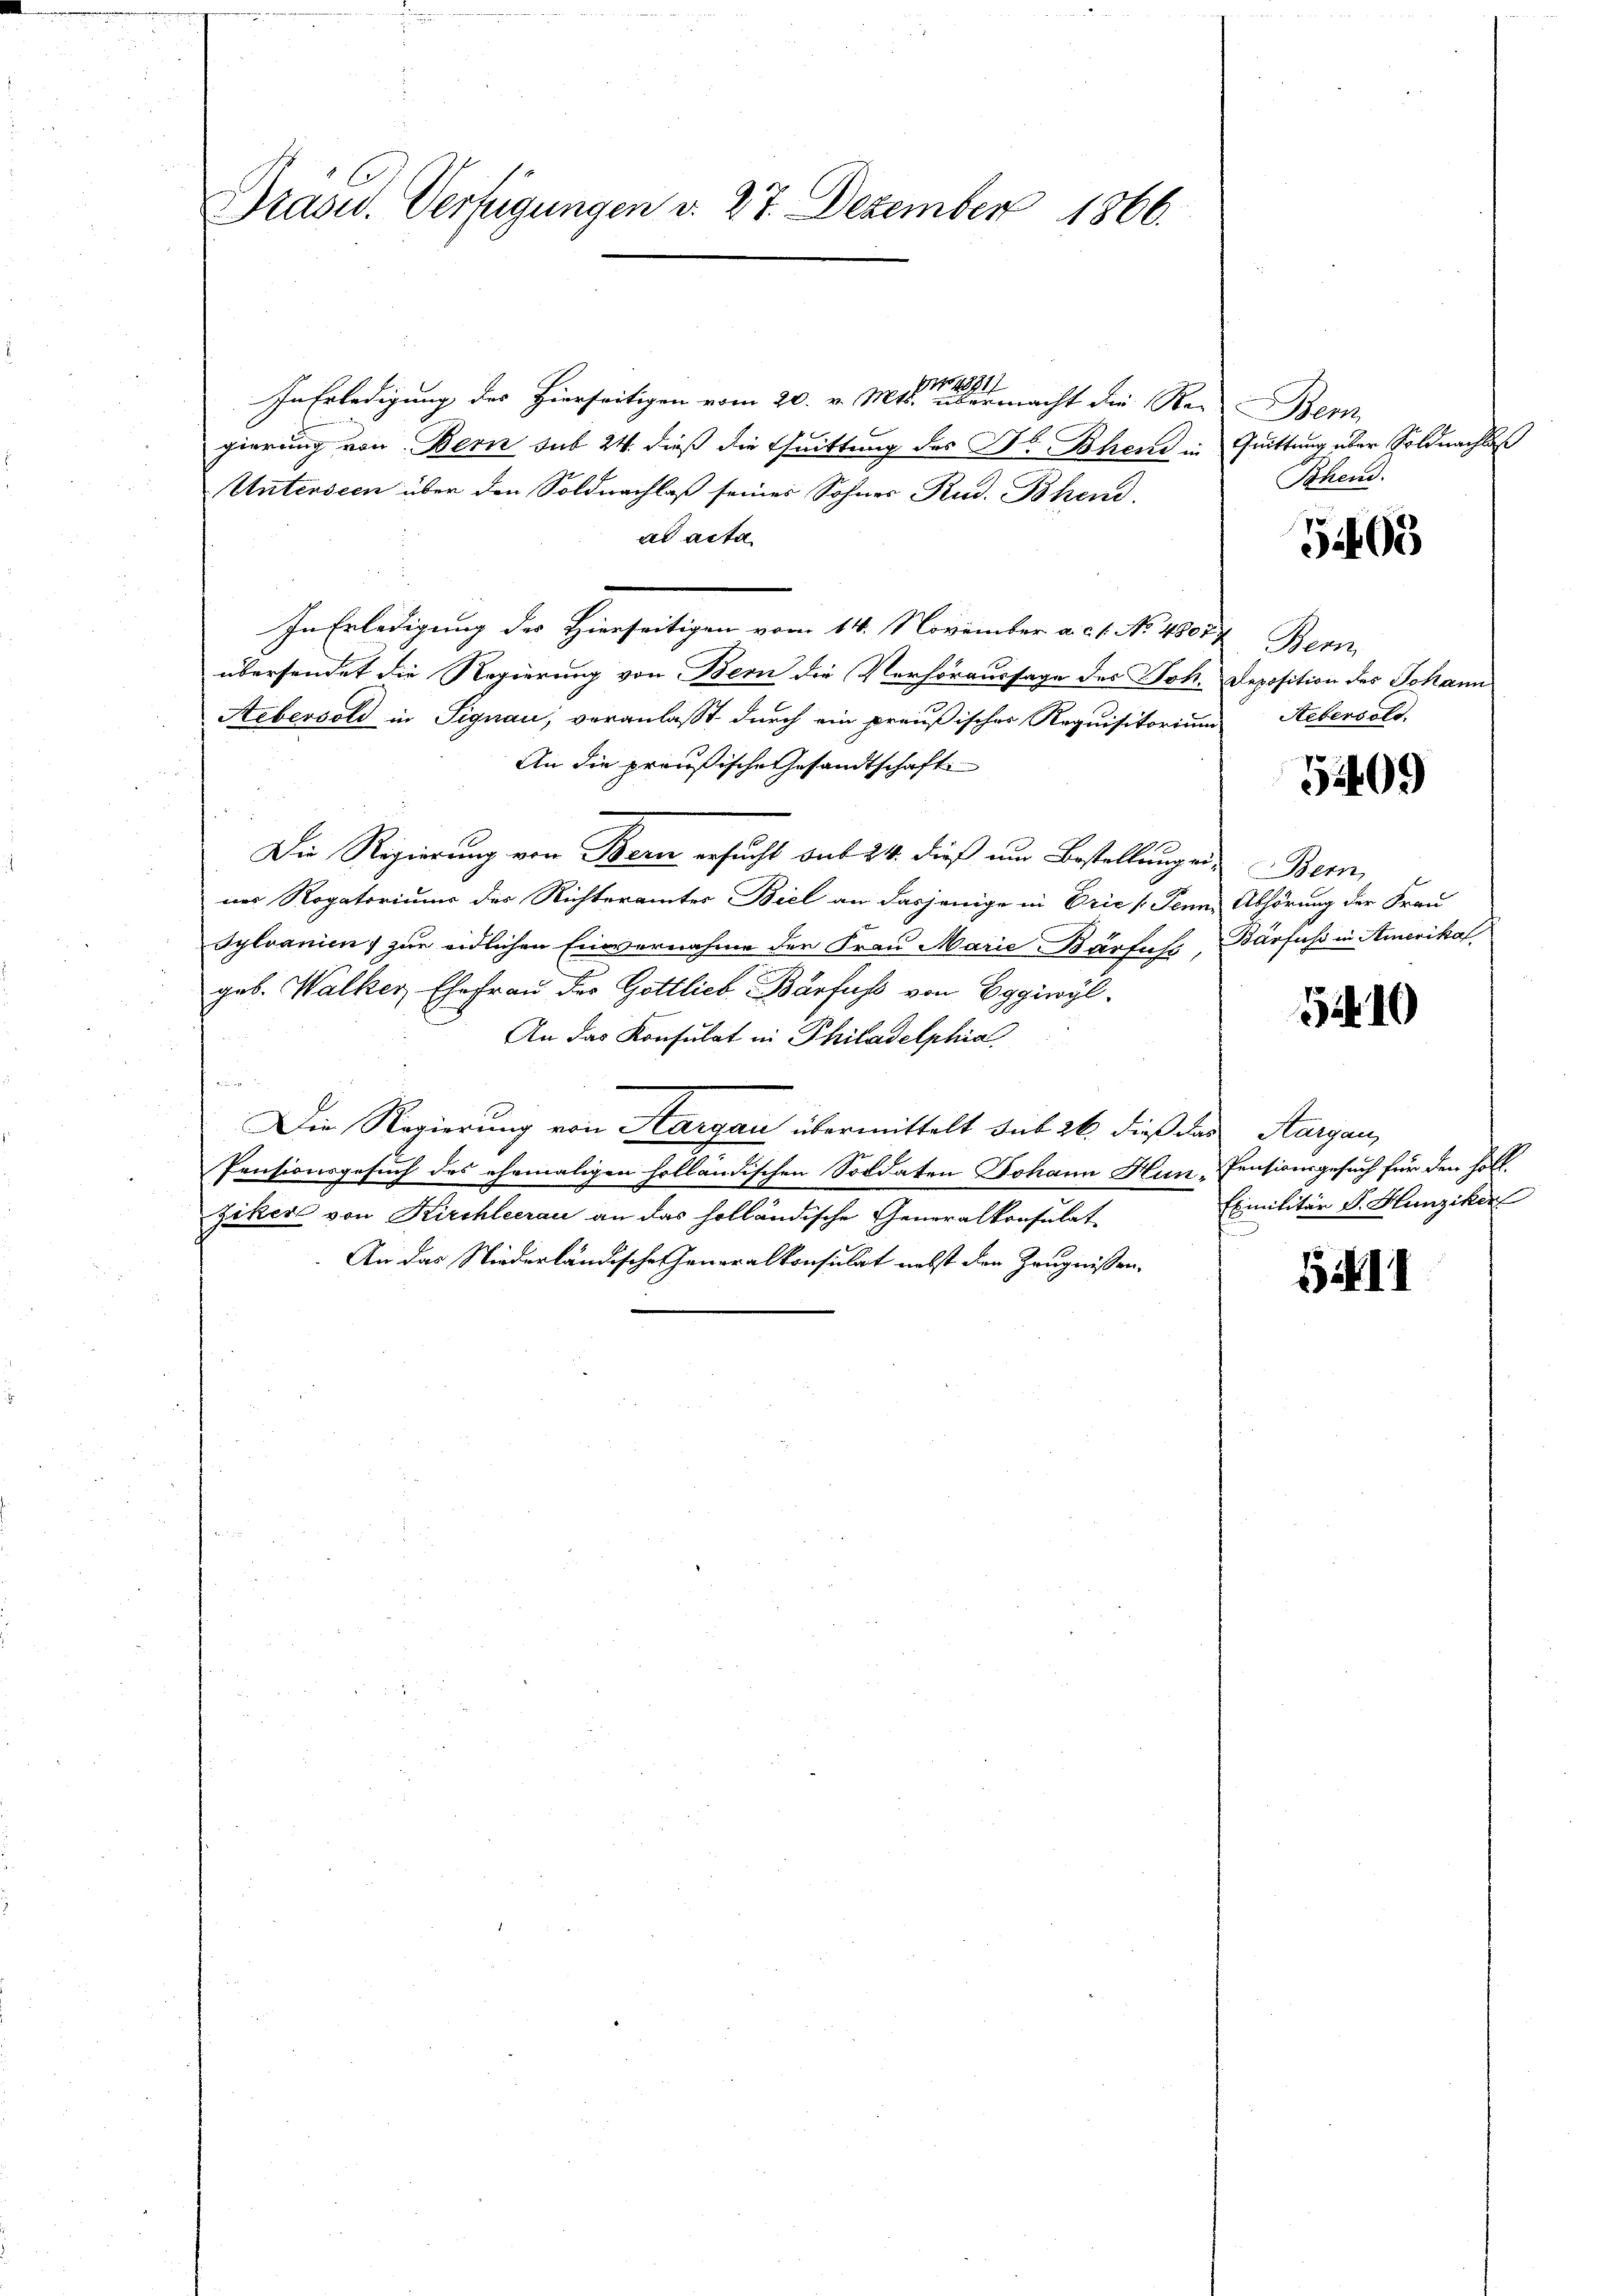
Präsid. Verfügungen d. 27. Dezember 1866.

In Erledigung des hierseitigen vom 20. v. Mts. eine dermacht die Reiern
gierung von Bern sub 24. dieß die Quittung des Dr. Bohrend in Quittung über Soldnachlaß
Unterseen über den Soldnachlaß seines Sohnes Rud. Bohend
ad acta
In Erledigung des Hierseitigen vom 14. November a. c. 1. No 4807. 7
übersendet die Regierung von Bern die Verhöraussage des Joh. Deposition des Johann
Aebersold in Signau, veranlaßt durch ein preußisches Requisitorium
An die preußische Gesandtschaft
Die Regierung von Bern ersucht das 24. dieß um Bestellungen Bern
nes Rogatoriums des Richteramtes Biel an dasjenige in Erić [Penn, Abhörung der Frau
Sylvanien) zur eidlichen Einvernahme der Frau Marie Bárfus, Barfuss in Amerikaf
geb. Walker, Ehefrau des Gottlieb Barfuß von Eggiwyl
An das Konsulat in Philadelphia
u
Die Regierung von Margau übermittelt sub 26 dieß das Aargau,
Pensionsgesuch des ehemaligen holländischen Soldaten Johann Hun-Pensionsgesuch für den soll.
ziker von Kirchleerau an das holländische Generalkonsulat
An das Niederländische eneralkonsulat nebst den Zeugnissen¬

Töhen.

5409

Wenz
Aebersold.

5409

5210

Eximilitär v. Hunziker

GII